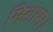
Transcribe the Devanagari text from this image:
मिठास।